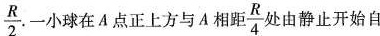
\frac{R}{2}.小球在A点正上方与A相距\frac{R}{4}由静止开始自